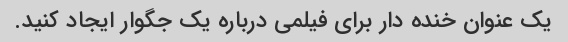
یک عنوان خنده دار برای فیلمی درباره یک جگوار ایجاد کنید.